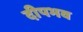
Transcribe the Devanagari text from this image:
दीपभव